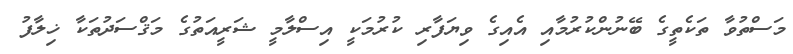
މަސްތުވާ ތަކެތީގެ ބޭނުންކުރުމާއި އެއިގެ ވިޔަފާރި ކުރުމަކީ އިސްލާމީ ޝަރީއަތުގެ މަޤްސަދުތަކާ ޚިލާފު